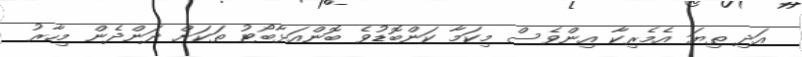
އަދި ތިޔަ އެމެރިކާ އިންވެސް މިކަމާ ކަންބޮޑުވެ ބޮންއަޅާބޯޓު ތަކަށް ދަންދެން މިހާރު